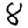
Digit: 8